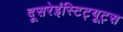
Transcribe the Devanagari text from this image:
दूसरेइंस्टिट्यूट्स